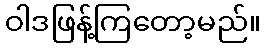
ဝါဒဖြန့်ကြတော့မည်။